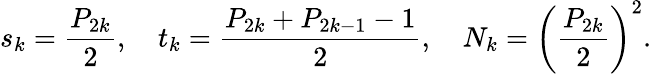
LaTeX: s_{k}={\frac{P_{2k}}{2}},\quad t_{k}={\frac{P_{2k}+P_{2k-1}-1}{2}},\quad N_{k}=\left({\frac{P_{2k}}{2}}\right)^{2}.